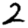
Digit: 2